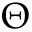
\Theta